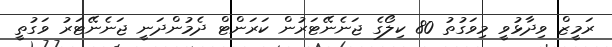
ރަމީޒް ވިދާޅުވީ މިވަގުތު 80 ކިލޯގެ ޖަނެނޭޓަރުން ކަރަންޓް ދެމުންދަނީ ޖަނެނޭޓަރު ވަގުތީ